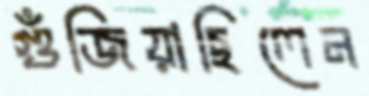
গুঁজিয়াছিলেন